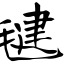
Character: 毽